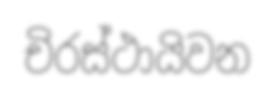
චිරස්ථායිවන